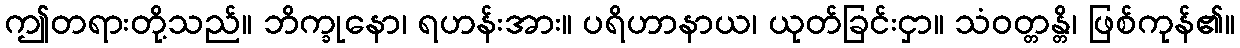
ဤတရားတို့သည်။ ဘိက္ခုနော၊ ရဟန်းအား။ ပရိဟာနာယ၊ ယုတ်ခြင်းငှာ။ သံဝတ္တန္တိ၊ ဖြစ်ကုန်၏။